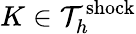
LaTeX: K\in\mathcal{T}_{h}^{\mathrm{shock}}